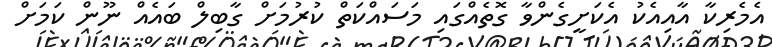
އެމެރިކާ އާއިއެކު އެކަށީގެންވާ ގޮތެއްގައި މަސައްކަތް ކުރުމަށް ގާބިލް ބައެއް ނޫން ކަމަށް